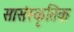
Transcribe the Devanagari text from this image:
सासंस्कृतिक